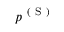
p ^ { \mathrm { ~ ( ~ S ~ ) ~ } }